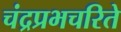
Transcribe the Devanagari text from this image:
चंद्रप्रभचरिते